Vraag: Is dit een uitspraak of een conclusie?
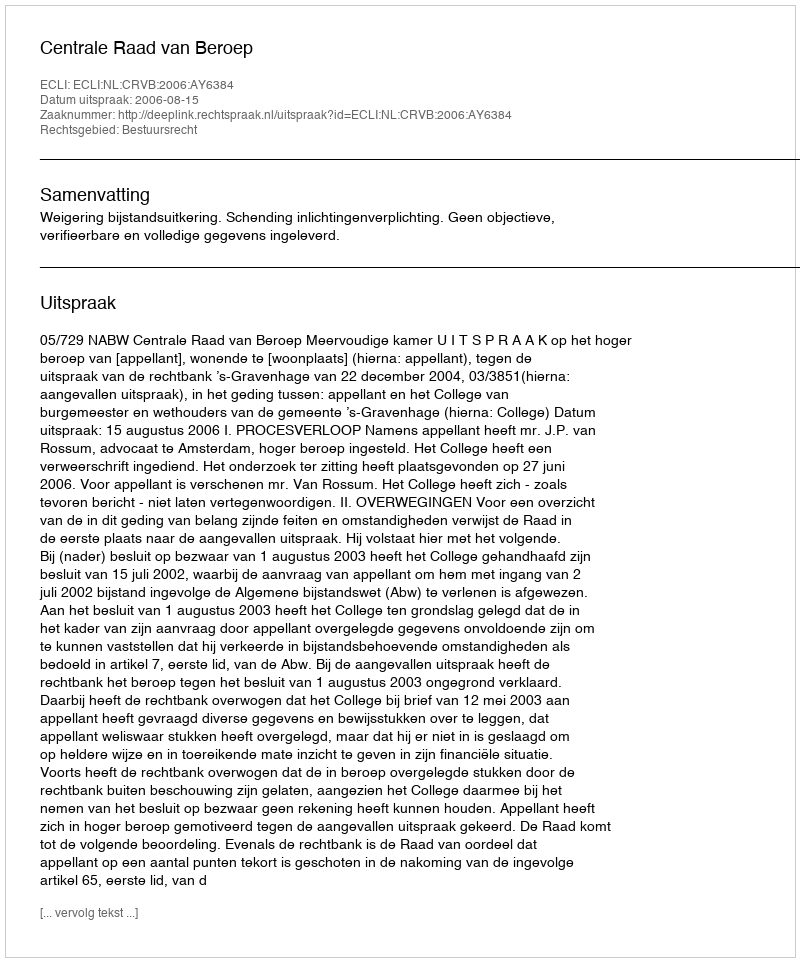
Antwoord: Uitspraak